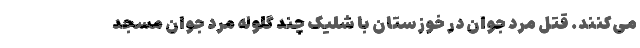
می‌کنند. قتل مرد جوان در خوزستان با شلیک چند گلوله مرد جوان مسجد